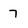
Character: 7